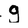
Character: g